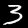
Label: 3